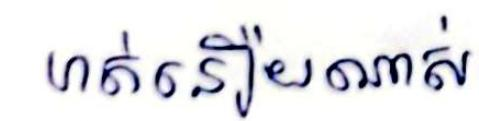
ហត់នឿយណាស់